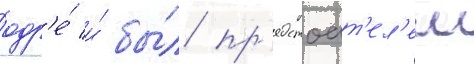
одр'е́ и́ бы́л пр'едстоат'ел'ем